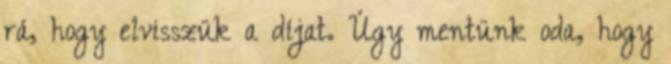
rá, hogy elvisszük a díjat. Úgy mentünk oda, hogy